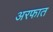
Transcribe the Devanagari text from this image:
अरफात